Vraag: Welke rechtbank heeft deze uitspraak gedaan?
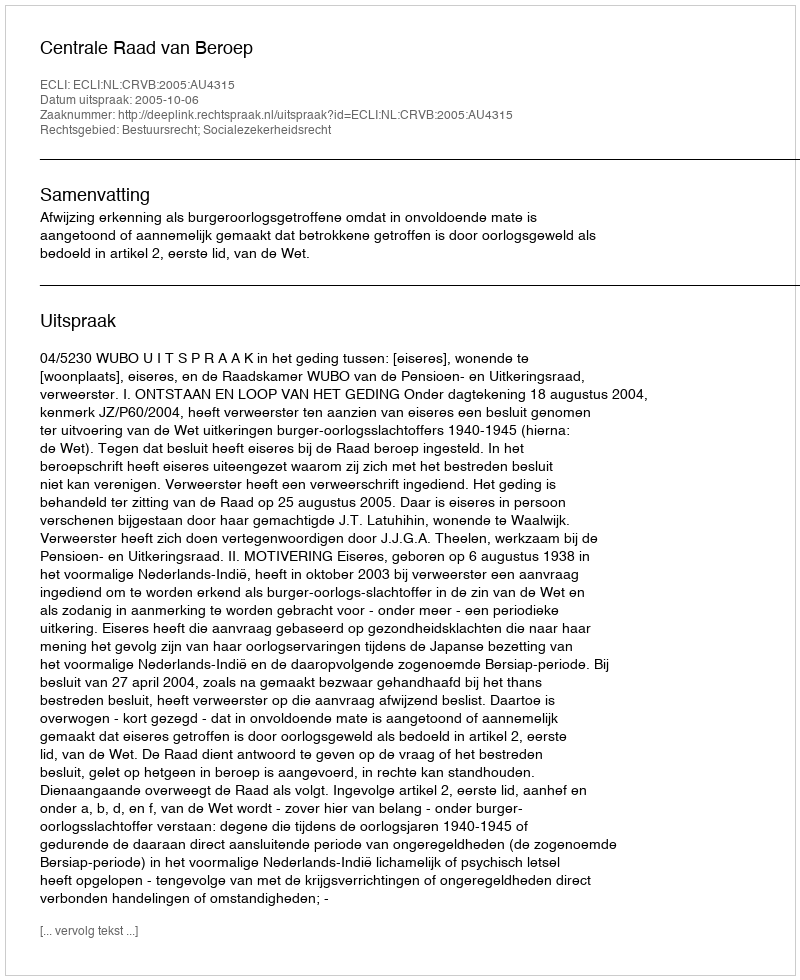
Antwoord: Centrale Raad van Beroep